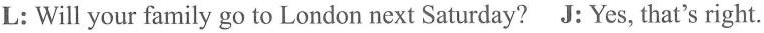
L:Will your family go to London next Saturday? J: Yes, that's right.